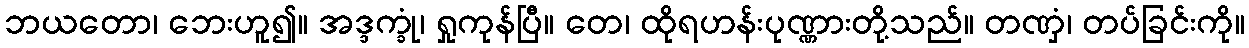
ဘယတော၊ ဘေးဟူ၍။ အဒ္ဒက္ခုံ၊ ရှုကုန်ပြီ။ တေ၊ ထိုရဟန်းပုဏ္ဏားတို့သည်။ တဏှံ၊ တပ်ခြင်းကို။